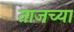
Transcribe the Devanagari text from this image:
ताजच्या